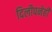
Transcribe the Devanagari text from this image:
दिलीपनेही